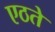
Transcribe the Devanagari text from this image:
एठते